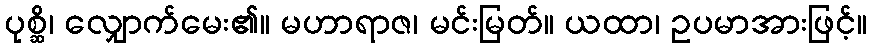
ပုစ္ဆိ၊ လျှောက်မေး၏။ မဟာရာဇ၊ မင်းမြတ်။ ယထာ၊ ဥပမာအားဖြင့်။